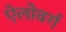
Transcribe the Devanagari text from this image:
ऐलोवर्ग